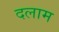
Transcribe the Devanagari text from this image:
दलाम